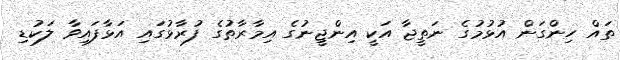
ތައް ހިންގަން އުޅުމުގެ ނަތީޖާ އަކީ އިންޖީނުގެ އިމާރާތުގެ ފުރާޅުގައި އަޅާފައިވާ ލަކުޑި